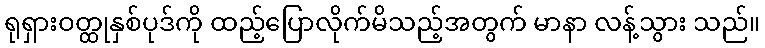
ရုရှားဝတ္ထုနှစ်ပုဒ်ကို ထည့်ပြောလိုက်မိသည့်အတွက် မာနာ လန့်သွား သည်။